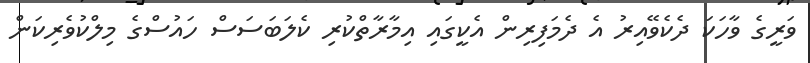
ވަރީގެ ވާހަކަ ދެކެވޭއިރު އެ ދެމަފިރިން އެކީގައި އިމާރާތްކުރި ކެލަބަސަސް ހައުސްގެ މިލްކުވެރިކަން